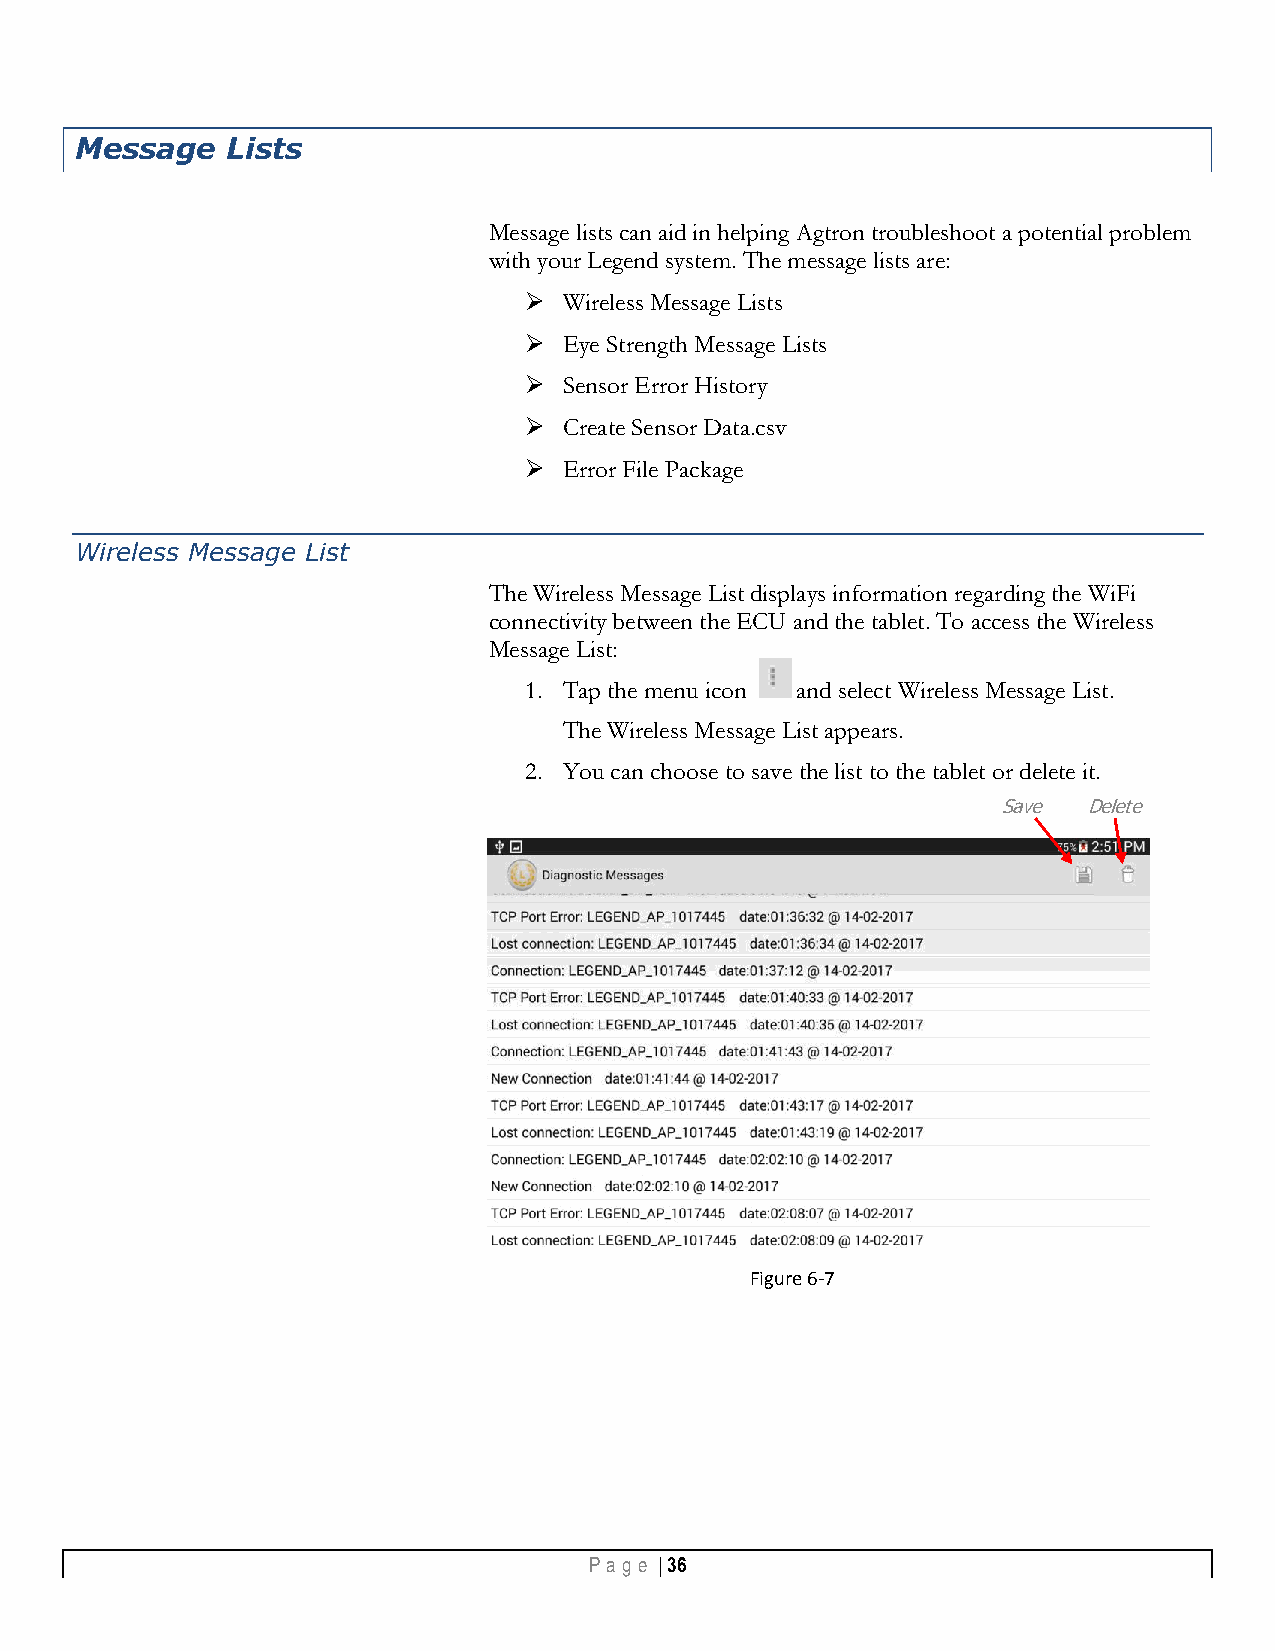
Message   Lists
 Message lists can aid in helping Agtron troubleshoot a potential problem
 with your Legend system. The message lists are:
  Wireless Message Lists
  Eye Strength Message Lists
  Sensor Error History
  Create Sensor Data.csv
  Error File Package
 Wireless Message List
 The Wireless Message List displays information regarding the WiFi
 connectivity between the ECU and the tablet. To access the Wireless
 Message List:
 1. Tap the menu icon and select Wireless Message List.
 The Wireless Message List appears.
 2. You can choose to save the list to the tablet or delete it.
 Save  Delete
 Figure 6-7
 Pa g e | 36